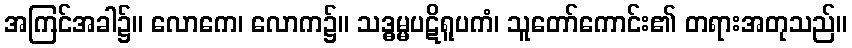
အကြင်အခါ၌။ လောကေ၊ လောက၌။ သဒ္ဓမ္မပဋိရူပကံ၊ သူတော်ကောင်း၏ တရားအတုသည်။